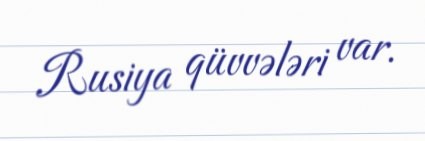
Rusiya qüvvələri var.